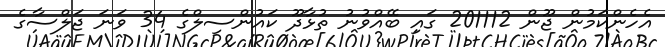
އެހެންކަމުން ޖޫން 201112 ގައި ބޭއްވުނު ތުޅާދޫ ކައުންސިލްގެ 34 ވަނަ ޖަލްސާގެ